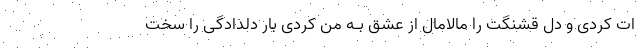
ات کردی و دل قشنگت را مالامال از عشق بـه من کردی بار دلدادگی را سخت